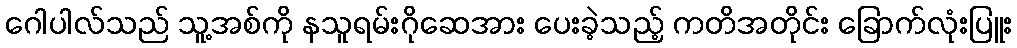
ဂေါပါလ်သည် သူ့အစ်ကို နသူရမ်းဂိုဆေအား ပေးခဲ့သည့် ကတိအတိုင်း ခြောက်လုံးပြူး